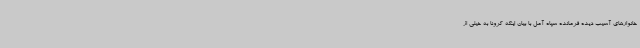
خانوارهای آسیب دیده فرمانده سپاه آمل با بیان اینکه کرونا به خیلی از